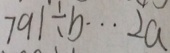
7 9 1 \div b \cdots 2 a